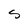
Character: s